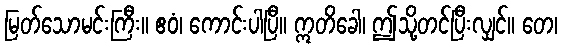
မြတ်သောမင်းကြီး။ ဧဝံ၊ ကောင်းပါပြီ။ ဣတိခေါ၊ ဤသို့တင်ပြီးလျှင်။ တေ၊